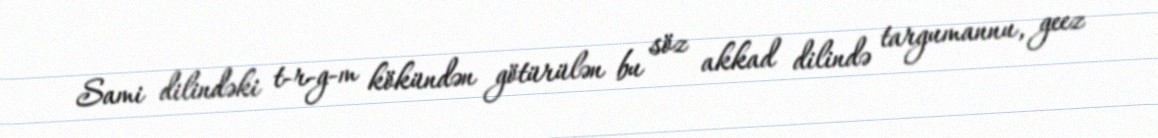
Sami dilindəki t-r-g-m kökündən götürülən bu söz akkad dilində targumannu, geez